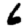
Digit: 6